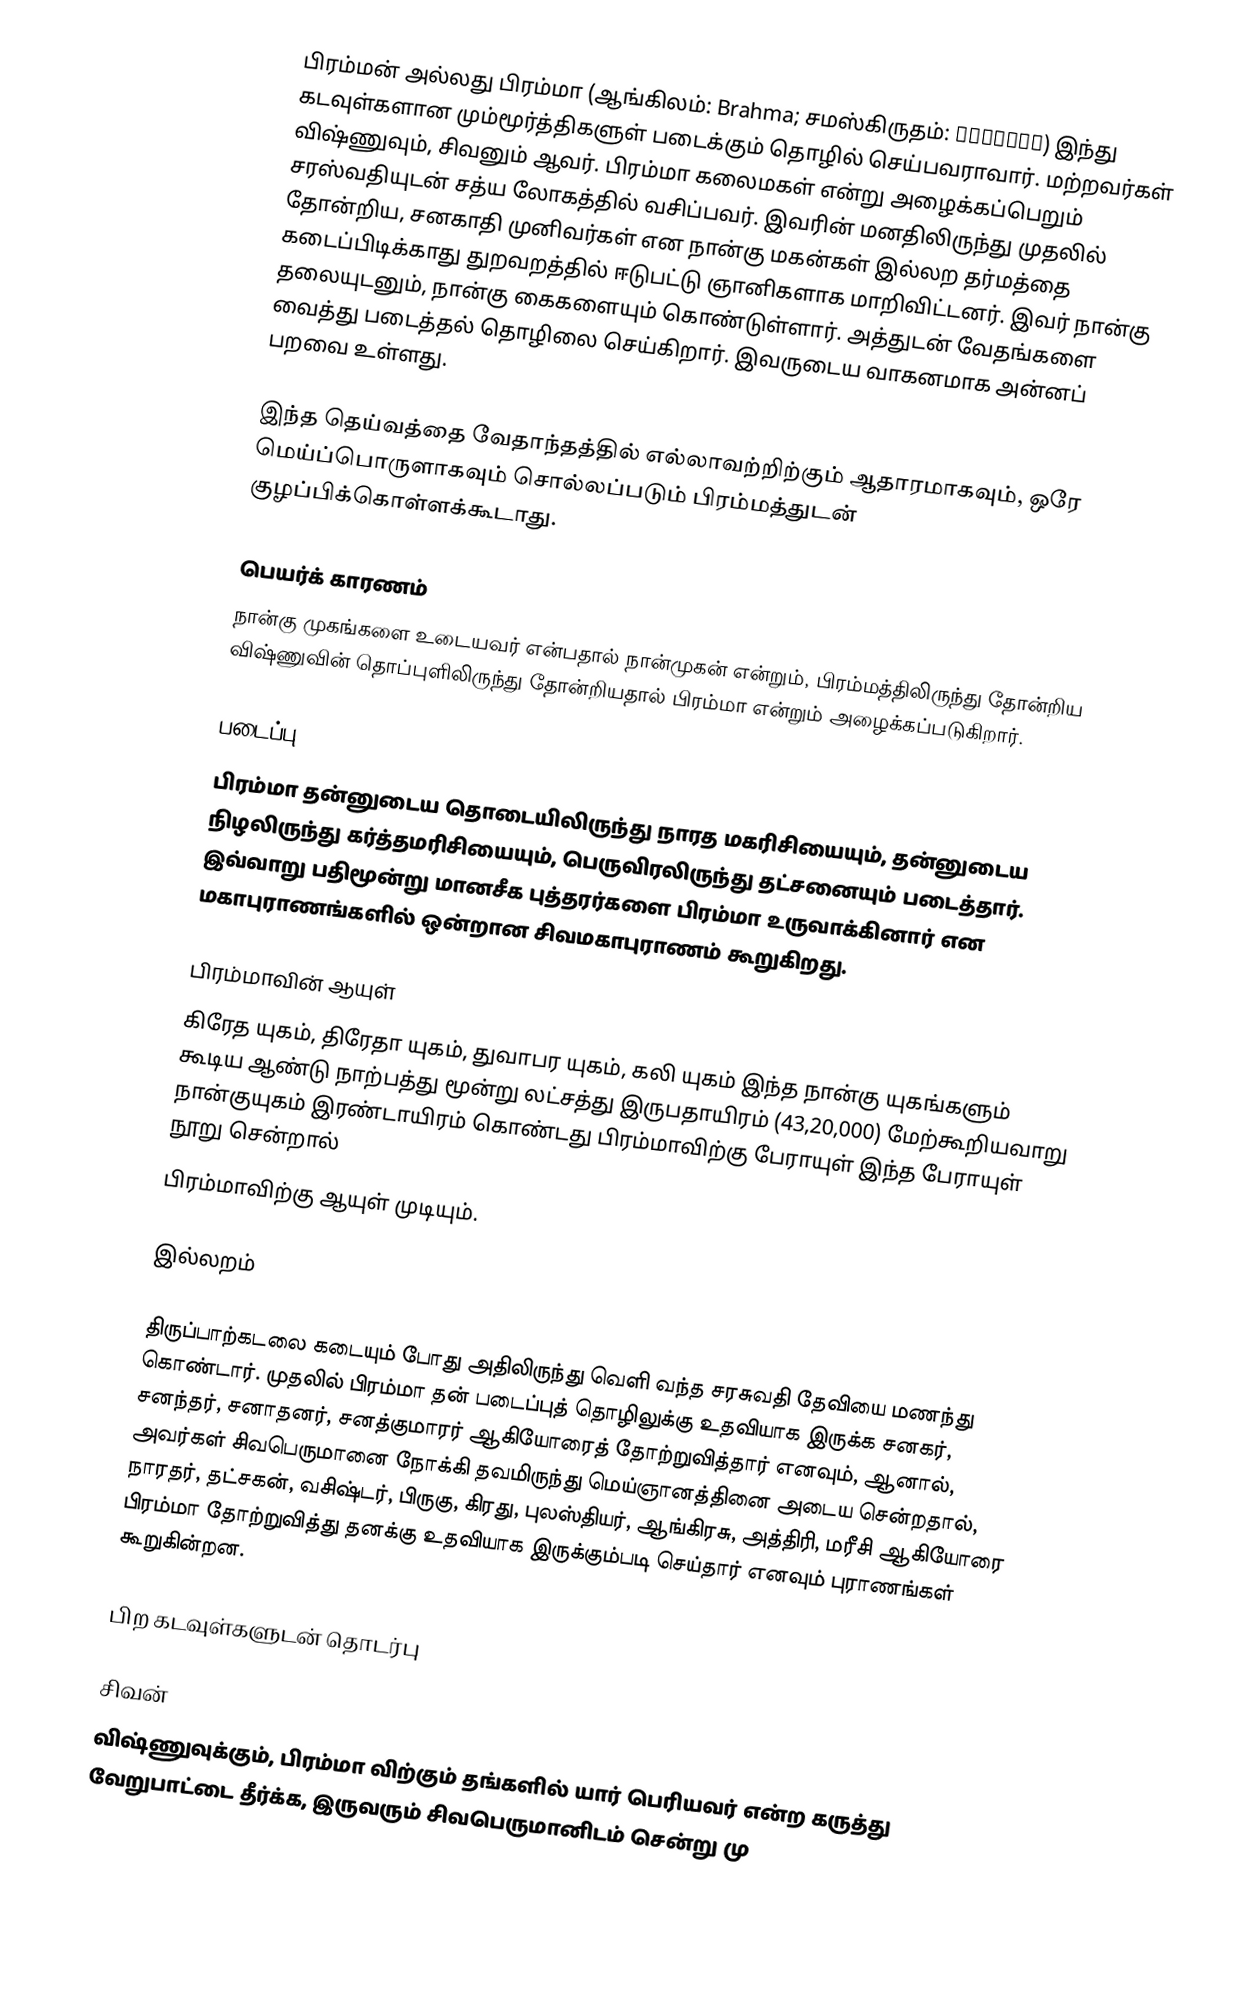
பிரம்மன் அல்லது பிரம்மா (ஆங்கிலம்: Brahma; சமஸ்கிருதம்: ब्रह्मा) இந்து கடவுள்களான மும்மூர்த்திகளுள் படைக்கும் தொழில் செய்பவராவார். மற்றவர்கள் விஷ்ணுவும், சிவனும் ஆவர். பிரம்மா கலைமகள் என்று அழைக்கப்பெறும் சரஸ்வதியுடன் சத்ய லோகத்தில் வசிப்பவர். இவரின் மனதிலிருந்து முதலில் தோன்றிய, சனகாதி முனிவர்கள் என நான்கு மகன்கள் இல்லற தர்மத்தை கடைப்பிடிக்காது துறவறத்தில் ஈடுபட்டு ஞானிகளாக மாறிவிட்டனர். இவர் நான்கு தலையுடனும், நான்கு கைகளையும் கொண்டுள்ளார். அத்துடன் வேதங்களை வைத்து படைத்தல் தொழிலை செய்கிறார். இவருடைய வாகனமாக அன்னப் பறவை உள்ளது.

இந்த தெய்வத்தை வேதாந்தத்தில் எல்லாவற்றிற்கும் ஆதாரமாகவும், ஒரே மெய்ப்பொருளாகவும் சொல்லப்படும் பிரம்மத்துடன் குழப்பிக்கொள்ளக்கூடாது.

பெயர்க் காரணம்
நான்கு முகங்களை உடையவர் என்பதால் நான்முகன் என்றும், பிரம்மத்திலிருந்து தோன்றிய  விஷ்ணுவின் தொப்புளிலிருந்து தோன்றியதால் பிரம்மா என்றும் அழைக்கப்படுகிறார்.

படைப்பு
பிரம்மா தன்னுடைய தொடையிலிருந்து நாரத மகரிசியையும், தன்னுடைய நிழலிருந்து கர்த்தமரிசியையும், பெருவிரலிருந்து தட்சனையும் படைத்தார். இவ்வாறு பதிமூன்று மானசீக புத்தரர்களை பிரம்மா உருவாக்கினார் என மகாபுராணங்களில் ஒன்றான சிவமகாபுராணம் கூறுகிறது.

பிரம்மாவின் ஆயுள்
கிரேத யுகம், திரேதா யுகம், துவாபர யுகம், கலி யுகம் இந்த நான்கு யுகங்களும் கூடிய ஆண்டு நாற்பத்து மூன்று லட்சத்து இருபதாயிரம் (43,20,000) மேற்கூறியவாறு நான்குயுகம் இரண்டாயிரம் கொண்டது பிரம்மாவிற்கு பேராயுள்  இந்த பேராயுள் நூறு சென்றால்
பிரம்மாவிற்கு ஆயுள் முடியும்.

இல்லறம்

திருப்பாற்கடலை கடையும் போது அதிலிருந்து வெளி வந்த சரசுவதி தேவியை மணந்து கொண்டார். முதலில் பிரம்மா தன் படைப்புத் தொழிலுக்கு உதவியாக இருக்க சனகர், சனந்தர், சனாதனர், சனத்குமாரர் ஆகியோரைத் தோற்றுவித்தார் எனவும், ஆனால், அவர்கள் சிவபெருமானை நோக்கி தவமிருந்து மெய்ஞானத்தினை அடைய சென்றதால், நாரதர், தட்சகன், வசிஷ்டர், பிருகு, கிரது, புலஸ்தியர், ஆங்கிரசு, அத்திரி, மரீசி ஆகியோரை பிரம்மா தோற்றுவித்து தனக்கு உதவியாக இருக்கும்படி செய்தார் எனவும் புராணங்கள் கூறுகின்றன.

பிற கடவுள்களுடன் தொடர்பு

சிவன்
விஷ்ணுவுக்கும், பிரம்மா விற்கும் தங்களில் யார் பெரியவர் என்ற கருத்து வேறுபாட்டை தீர்க்க, இருவரும் சிவபெருமானிடம் சென்று மு